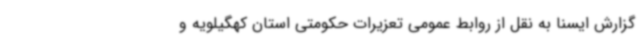
گزارش ایسنا به نقل از روابط عمومی تعزیرات حکومتی استان کهگیلویه و